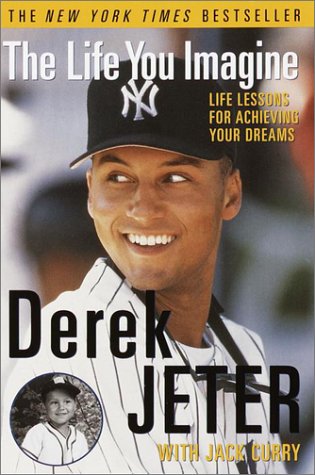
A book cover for The Life You Imagine: Life Lessons for Achieving Your Dreams; Derek Jeter; Biographies & Memoirs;